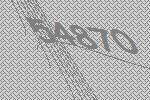
54870